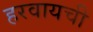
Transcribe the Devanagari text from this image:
हरवायची